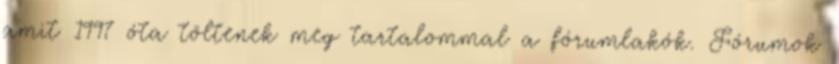
amit 1997 óta töltenek meg tartalommal a fórumlakók. Fórumok